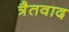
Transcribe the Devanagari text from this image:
त्रैतवाद